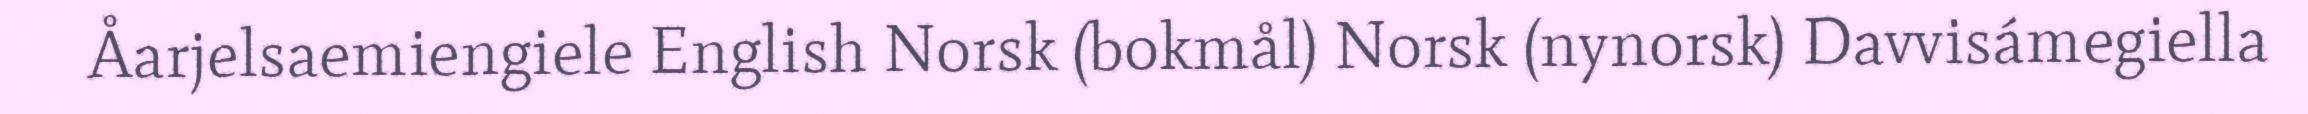
Åarjelsaemiengiele English Norsk (bokmål) Norsk (nynorsk) Davvisámegiella